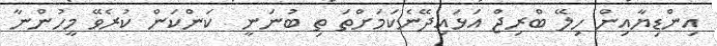
އިންޑިޔާއިން ހިލޭ ބްރިޖް އަޅައިދޭނެކަމަށްތަ ތި ބުނަނީ  ކަންކަން ކުރެވޭ މީހުންނާ